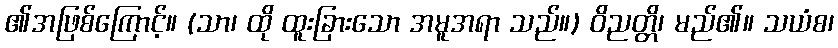
၏အဖြစ်ကြောင့်။ (သာ၊ ထို ထူးခြားသော အမူအရာ သည်။) ဝိညတ္တိ၊ မည်၏။ သယံစ၊